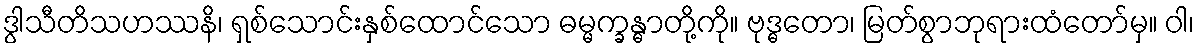
ဒွါသီတိသဟဿနိ၊ ရှစ်သောင်းနှစ်ထောင်သော ဓမ္မက္ခန္ဓာတို့ကို။ ဗုဒ္ဓတော၊ မြတ်စွာဘုရားထံတော်မှ။ ဝါ၊